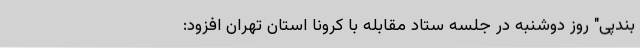
بندپی" روز دوشنبه در جلسه ستاد مقابله با کرونا استان تهران افزود: